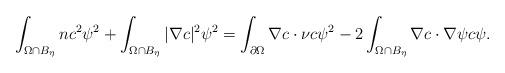
LaTeX: \begin{align*}\int_{\Omega\cap B_{\eta}}n c^{2}\psi^{2}+\int_{\Omega\cap B_{\eta}}|\nabla c|^{2}\psi^{2}=\int_{\partial\Omega}\nabla c\cdot\nu c\psi^{2} -2\int_{\Omega\cap B_{\eta}} \nabla c\cdot \nabla \psi c\psi.\end{align*}